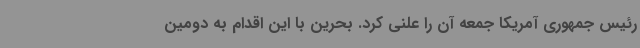
رئیس جمهوری آمریکا جمعه آن را علنی کرد. بحرین با این اقدام به دومین